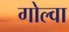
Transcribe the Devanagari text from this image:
गोल्वा